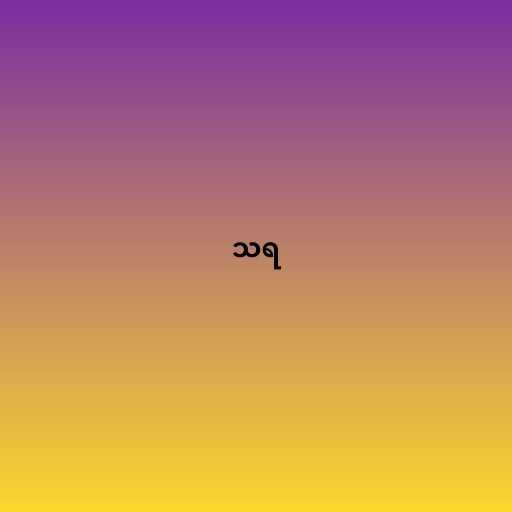
သရ